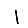
Digit: 1